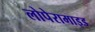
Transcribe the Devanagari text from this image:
लोपेरामाइड